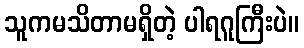
သူကမသိတာမရှိတဲ့ ပါရဂူကြီးပဲ။